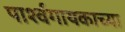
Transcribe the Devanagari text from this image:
पार्श्वगायकाच्या